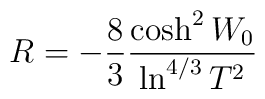
R=-\frac{8}{3}\frac{\cosh^{2}W_0}{\ln^{4/3}T^2}